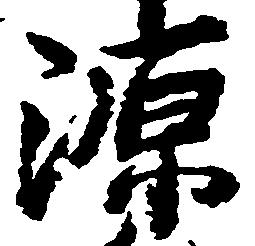
源